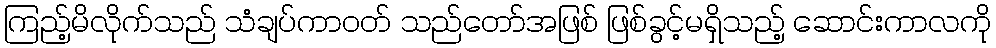
ကြည့်မိလိုက်သည် သံချပ်ကာဝတ် သည်တော်အဖြစ် ဖြစ်ခွင့်မရှိသည့် ဆောင်းကာလကို